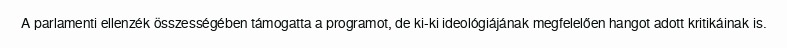
A parlamenti ellenzék összességében támogatta a programot, de ki-ki ideológiájának megfelelően hangot adott kritikáinak is.